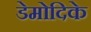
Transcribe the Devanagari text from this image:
डेमोदिके